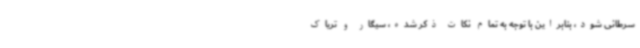
سرطانی شود، بنابراین با توجه ‌به تمام نکات ذکر شده، سیگار و تریاک